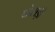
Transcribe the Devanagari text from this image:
घोसड़ी